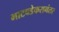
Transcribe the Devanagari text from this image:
भाटवडेकरानंतर